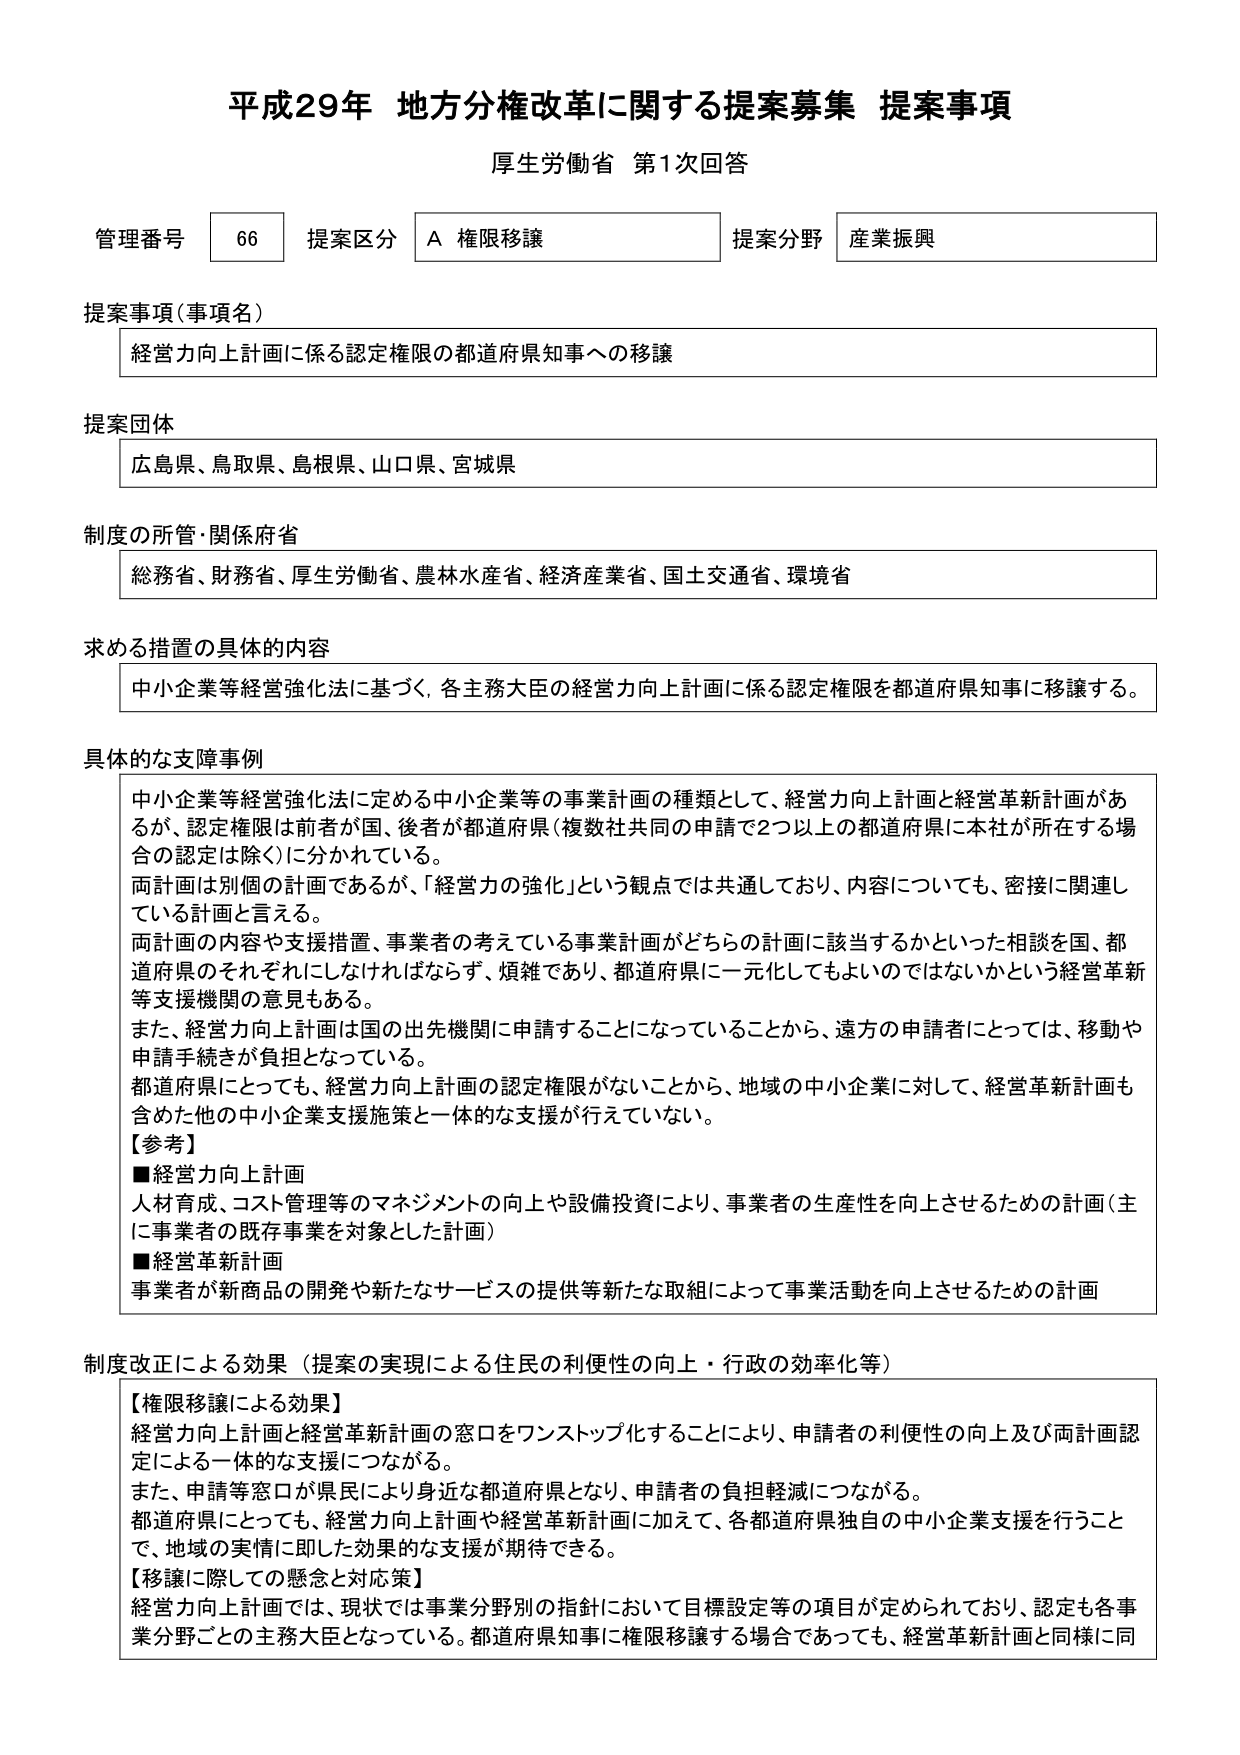
平成29年 地方分権改革に関する提案募集 提案事項
厚生労働省 第1次回答

管理番号 66 提案区分 A 権限移譲 提案分野 産業振興

提案事項（事項名）
経営力向上計画に係る認定権限の都道府県知事への移譲

提案団体
広島県、鳥取県、島根県、山口県、宮城県

制度の所管・関係府省
総務省、財務省、厚生労働省、農林水産省、経済産業省、国土交通省、環境省

求める措置の具体的内容
中小企業等経営強化法に基づく、各主務大臣の経営力向上計画に係る認定権限を都道府県知事に移譲する。

具体的な支障事例
中小企業等経営強化法に定める中小企業等の事業計画の種類として、経営力向上計画と経営革新計画があるが、認定権限は前者が国、後者が都道府県（複数社共同の申請で2つ以上の都道府県に本社が所在する場合の認定は除く）に分かれている。
両計画は個別の計画であるが、「経営力の強化」という観点では共通しており、内容についても、密接に関連している計画と言える。
両計画の内容や支援措置、事業者の考えている事業計画がどちらの計画に該当するかといった相談を国、都道府県のそれぞれにしなければならず、煩雑であり、都道府県に一元化してもよいのではないかという経営革新等支援機関の意見もある。
また、経営力向上計画は国の出先機関に申請することになっていることから、遠方の申請者にとっては、移動や申請手続きが負担となっている。
都道府県にとっても、経営力向上計画の認定権限がないことから、地域の中小企業に対して、経営革新計画も含めた他の中小企業支援施策と一体的な支援が行えていない。

【参考】
■経営力向上計画
人材育成、コスト管理等のマネジメントの向上や設備投資により、事業者の生産性を向上させるための計画（主に事業者の既存事業を対象とした計画）
■経営革新計画
事業者が新商品の開発や新たなサービスの提供等新たな取組によって事業活動を向上させるための計画

制度改正による効果（提案の実現による住民の利便性の向上・行政の効率化等）
【権限移譲による効果】
経営力向上計画と経営革新計画の窓口をワンストップ化することにより、申請者の利便性の向上及び両計画認定による一体的な支援につながる。
また、申請等窓口が県民により身近な都道府県となり、申請者の負担軽減につながる。
都道府県にとっても、経営力向上計画や経営革新計画に加えて、各都道府県独自の中小企業支援を行うことで、地域の実情に即した効果的な支援が期待できる。
【移譲に際しての懸念と対応策】
経営力向上計画では、現状では事業分野別の指針において目標設定等の項目が定められており、認定も各事業分野ごとの主務大臣となっている。都道府県知事に権限移譲する場合であっても、経営革新計画と同様に同